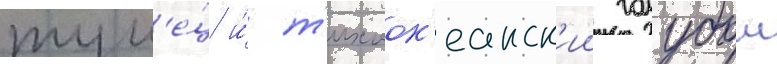
тун'е́ц и́ т'ихоок'еанск'ии голубои